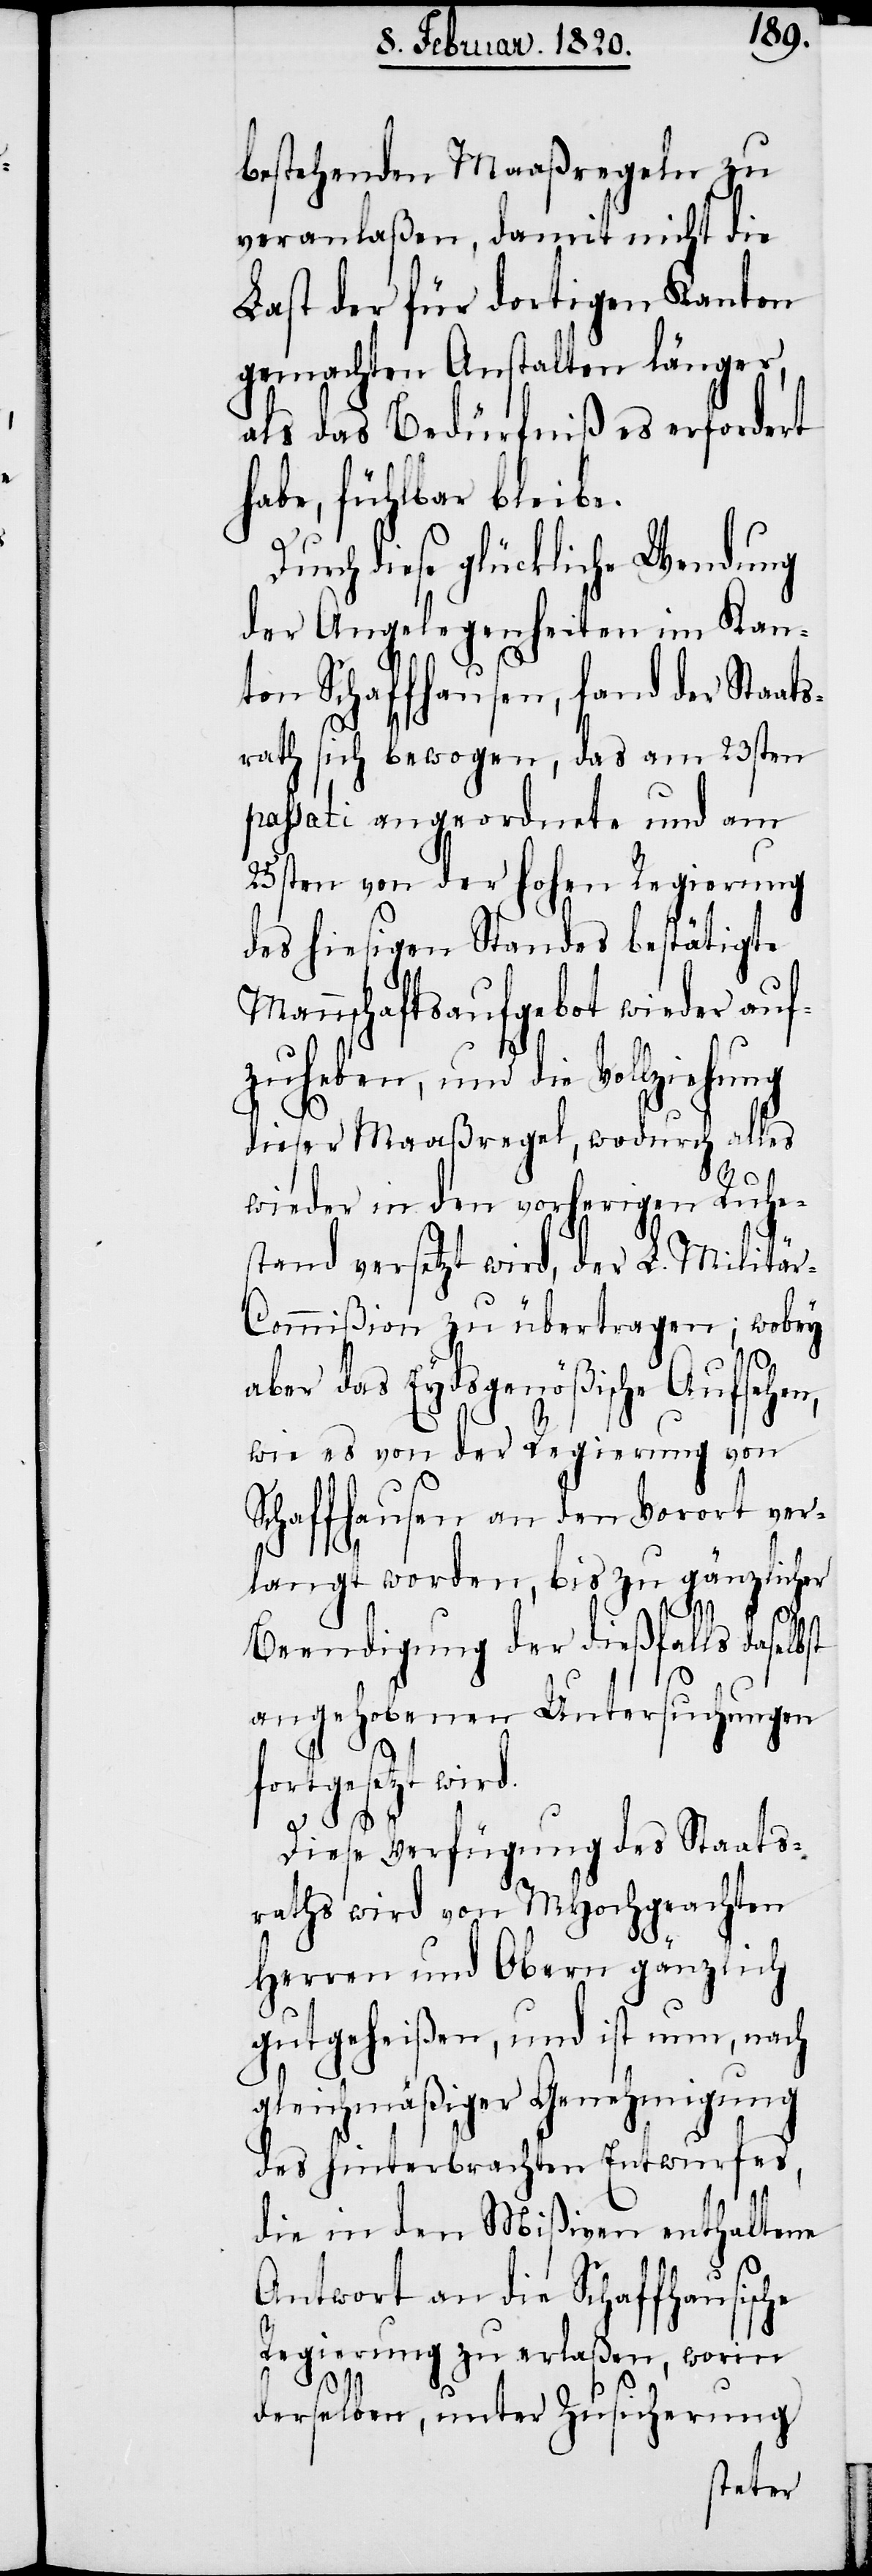
bestehenden Maaßregeln zu
veranlaßen, damit nicht die
Last der für dortigen Kanton
gemachten Anstalten länger,
als das Bedürfniß es erfordert
habe, fühlbar bleibe.
Durch diese glückliche Wendung
der Angelegenheiten im Kan¬
ton Schaffhausen, fand der Staat¬
srath sich bewogen, das am 23sten
passati angeordnete und am
25sten von der hohen Regierung
des hiesigen Standes bestätigte
Mannschaftsaufgebot wieder auf¬
zuheben, und die
dieser Maaßregel, wodurch alles
wieder in den vorherigen Ruhe¬
stand versetzt wird, der L. Militä¬
r-Commißion zu übertragen; wobey
aber das Eydsgenößische Aufsehen,
wie es von der Regierung von
Schaffhausen an den Vorort ver¬
langt worden, bis zu gänzlicher
Beendigung der dießfalls daselb¬
angehobenen Untersuchungen
fortgesetzt wird.
Diese Verfügung des Staats¬
raths wird von MHochgeachten
Herren und Obern gänzlich
gutgeheißen, und ist nun, nach
gleichmäßiger Genehmigung
des hinterbrachten Entwurfes,
die in den Mißiven enthaltene
Antwort an die Schaffhausische
Regierung zu erlaßen, worin
st
derselben, unter Zusicherung